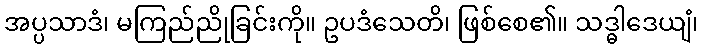
အပ္ပသာဒံ၊ မကြည်ညိုခြင်းကို။ ဥပဒံသေတိ၊ ဖြစ်စေ၏။ သဒ္ဓါဒေယျံ၊